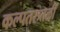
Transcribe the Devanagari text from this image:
कल्पतरुतळीं